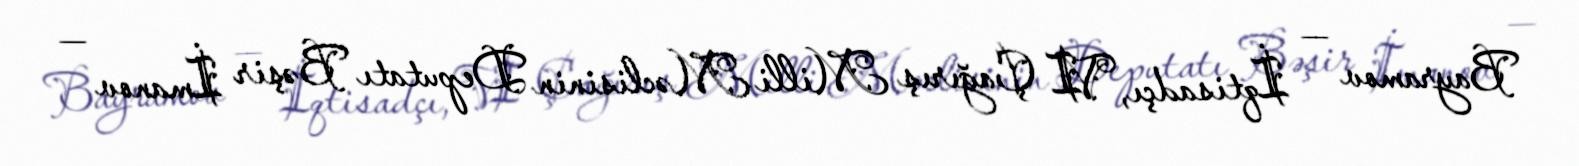
Bayramov — İqtisadçı, VI Çağırış Milli Məclisinin Deputatı Bəşir İmanov —